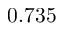
0 . 7 3 5